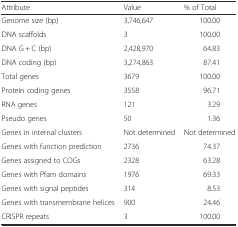
<table><thead><tr><td><b>Attribute</b></td><td><b>Value</b></td><td><b>% of Total</b></td></tr></thead><tbody><tr><td>Genome size (bp)</td><td>3,746,647</td><td>100.00</td></tr><tr><td>DNA scaffolds</td><td>3</td><td>100.00</td></tr><tr><td>DNA G + C (bp)</td><td>2,428,970</td><td>64.83</td></tr><tr><td>DNA coding (bp)</td><td>3,274,863</td><td>87.41</td></tr><tr><td>Total genes</td><td>3679</td><td>100.00</td></tr><tr><td>Protein coding genes</td><td>3558</td><td>96.71</td></tr><tr><td>RNA genes</td><td>121</td><td>3.29</td></tr><tr><td>Pseudo genes</td><td>50</td><td>1.36</td></tr><tr><td>Genes in internal clusters</td><td>Not determined</td><td>Not determined</td></tr><tr><td>Genes with function prediction</td><td>2736</td><td>74.37</td></tr><tr><td>Genes assigned to COGs</td><td>2328</td><td>63.28</td></tr><tr><td>Genes with Pfam domains</td><td>1976</td><td>69.33</td></tr><tr><td>Genes with signal peptides</td><td>314</td><td>8.53</td></tr><tr><td>Genes with transmembrane helices</td><td>900</td><td>24.46</td></tr><tr><td>CRISPR repeats</td><td>3</td><td>100.00</td></tr></tbody></table>